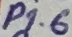
Text: P1.6